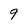
Character: 9